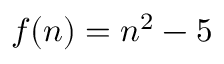
f ( n ) = n ^ { 2 } - 5